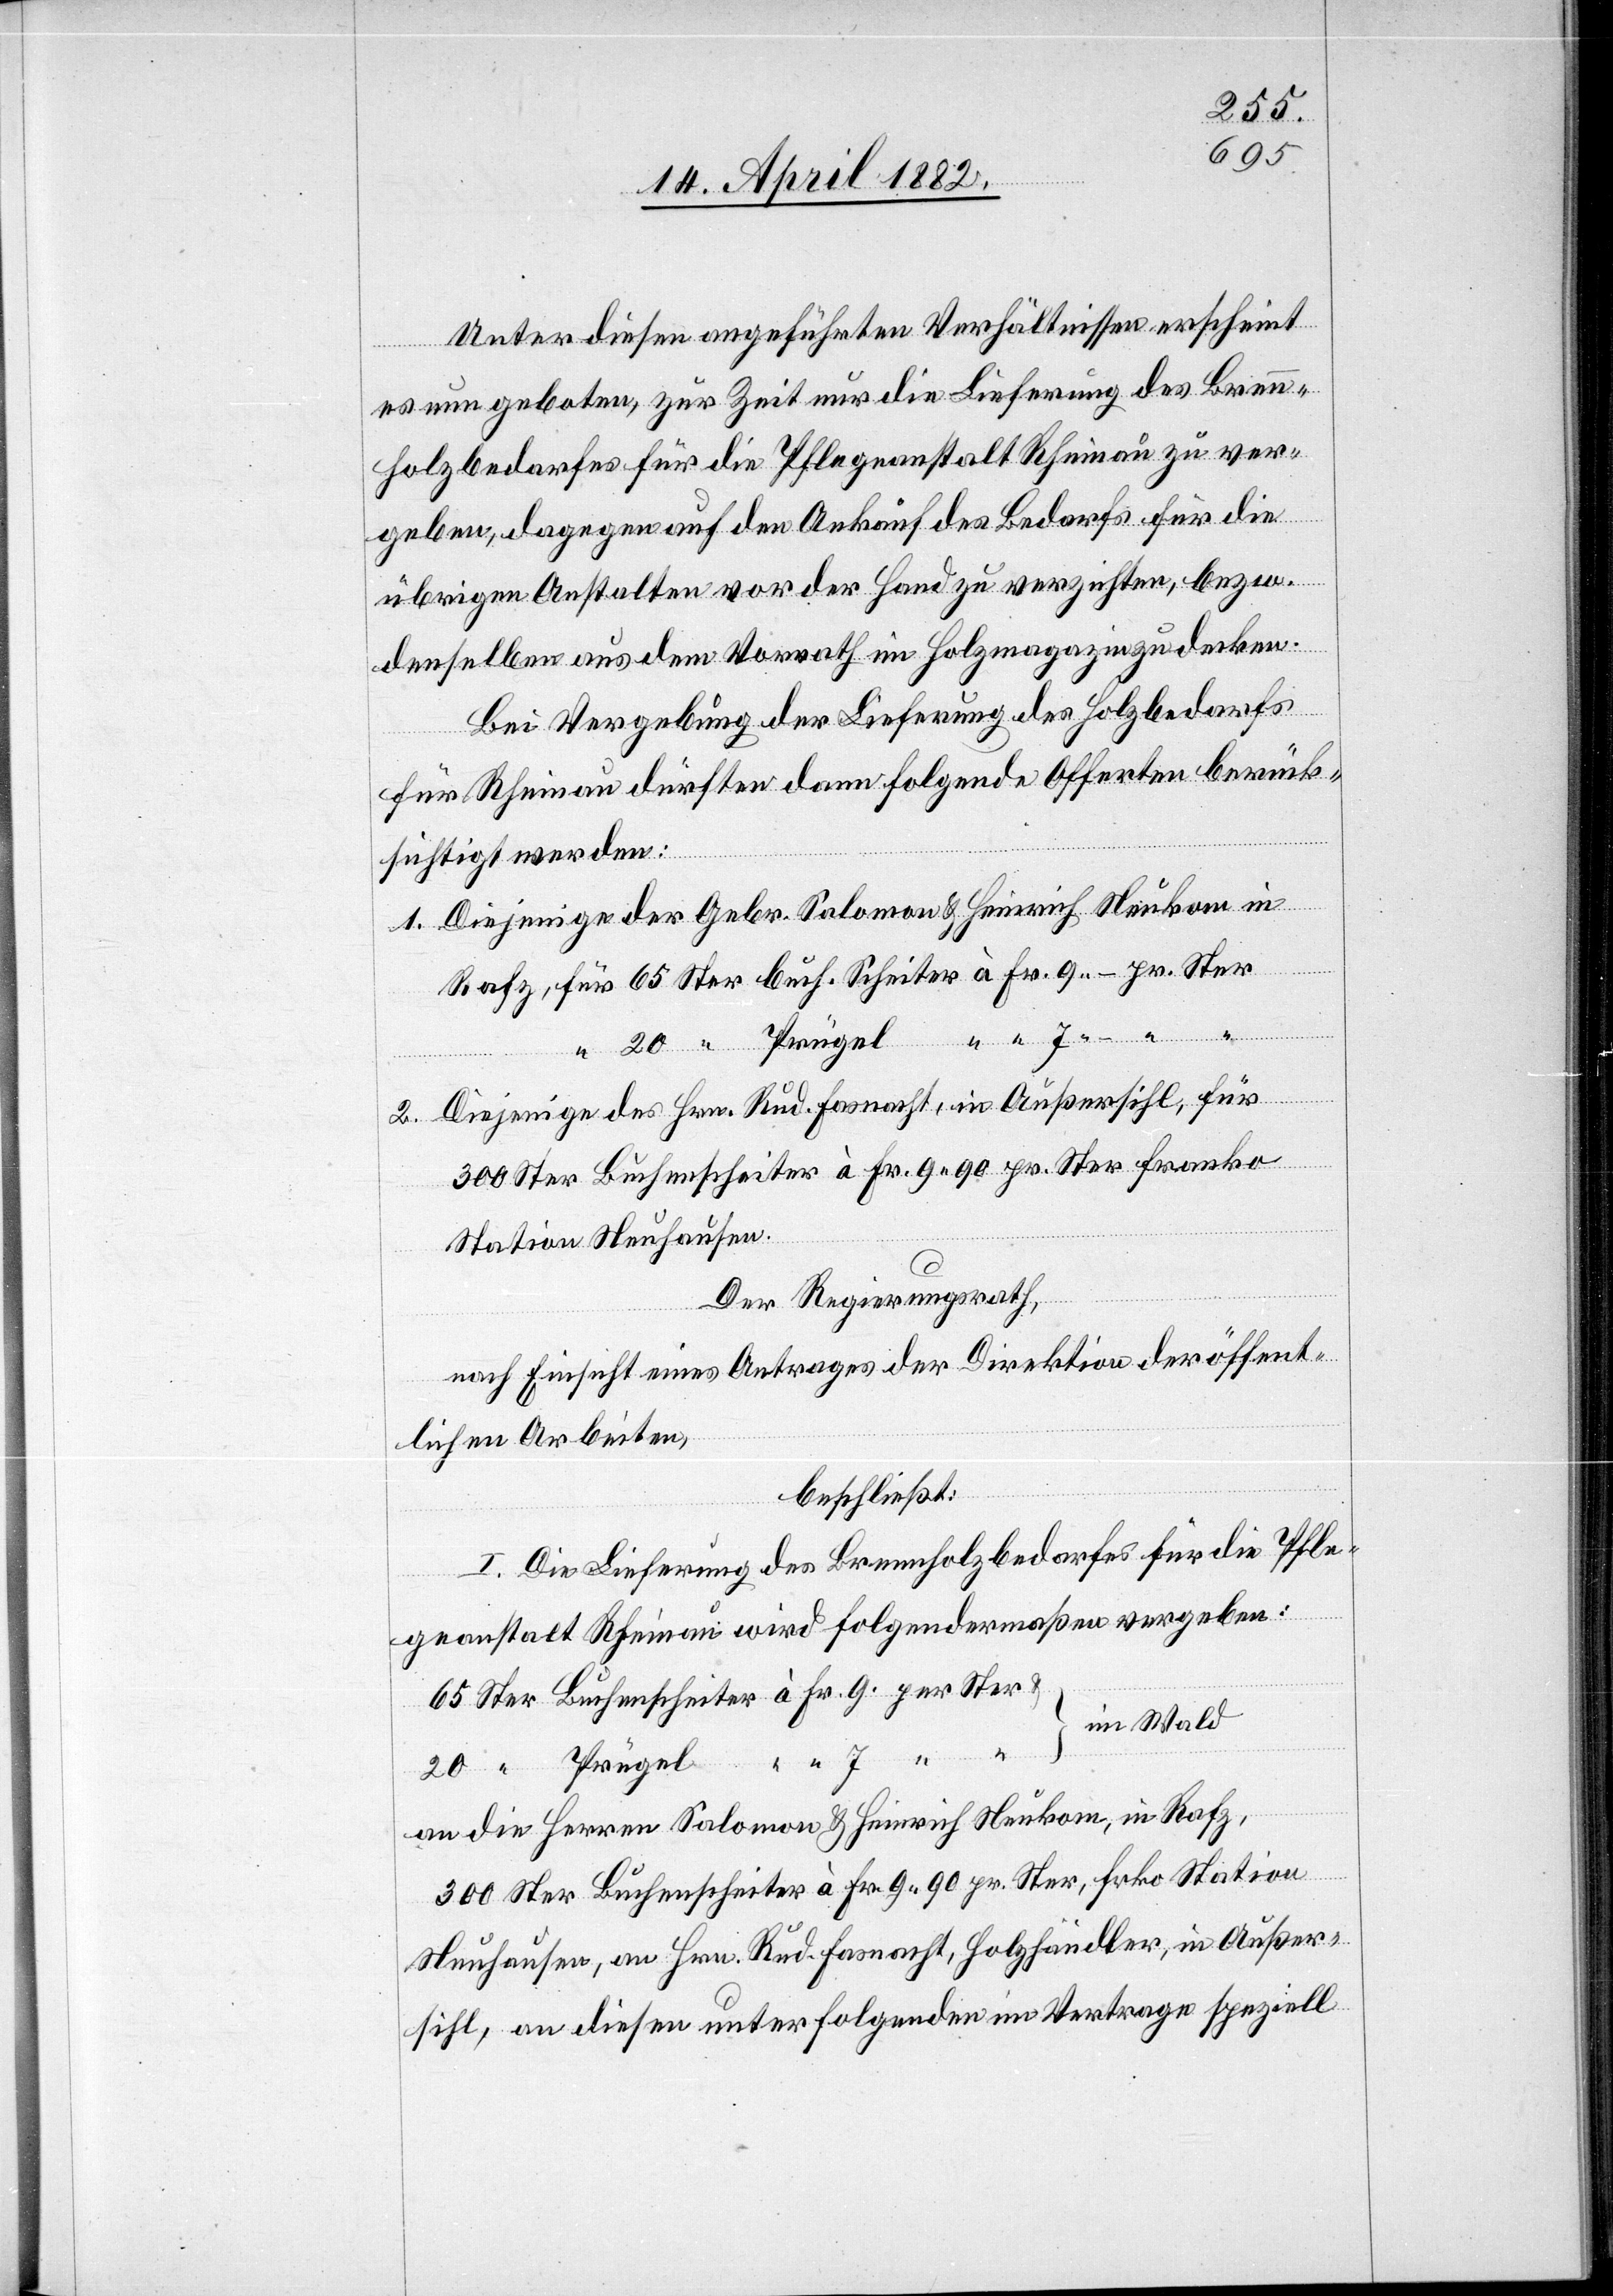
Unter diesen angeführten Verhältnissen erscheint
es nun geboten, zur Zeit nur die Lieferung des Brenn¬
holzbedarfes für die Pflegeanstalt Rheinau zu ver¬
geben, dagegen auf den Ankauf des Bedarfs für die
übrigen Anstalten vor der Hand zu verzichten, bezw.
denselben aus dem Vorrath im Holzmagazin zu decken.
Bei Vergebung der Lieferung des Holzbedarfs
für Rheinau dürften dann folgende Offerten berück¬
sichtigt werden:
Diejenige der Gebr. Salomon & Heinrich Neukom in
für 65 Ster buch. Scheiter à Fr. 9 – pr. Ster
“ 20 “ Prügel
Diejenige des Hrn. Rud. Fasnacht, in Außersihl,
300 Ster Buchenscheiter à Fr. 9 90 pr. Ster franko
Station Neuhausen.
Der Regierungsrath,
nach Einsicht eines Antrages der Direktion der öffent¬
lichen Arbeiten,
beschließt:
I. Die Lieferung des Brennholzbedarfes für die Pfle¬
geanstalt Rheinau wird folgendermaßen vergeben.
65 Ster Buchenscheiter à Fr. 9 per Ster
im Wald
20 “ Prügel “ “ 7 “ “
an die Herren Salomon & Heinrich Neukom, in Rafz,
2.
300 Ster Buchenscheiter à Fr. 9 90 pr. Ster, frko Station
Neuhausen, an Hrn. Rud. Fasnacht, Holzhändler, in Außer¬
sihl, an diesen unter folgenden im Vertrage speziell